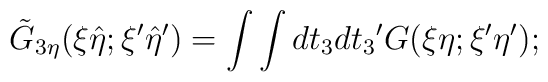
{\tilde G}_{3\eta}(\xi {\hat \eta};{\xi}' {\hat \eta}') = \int \int dt_3 d{t_3}' G(\xi \eta ; {\xi}' {\eta}');